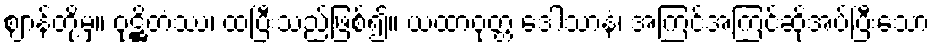
ဈာန်တို့မှ။ ဝုဋ္ဌိတံဿ၊ ထပြီးသည်ဖြစ်၍။ ယထာဝုတ္တ ဒေါသာနံ၊ အကြင်အကြင်ဆိုအပ်ပြီးသော